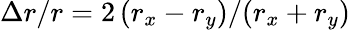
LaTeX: \Delta r/r=2\left(r_{x}-r_{y}\right)/(r_{x}+r_{y})